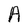
Character: A